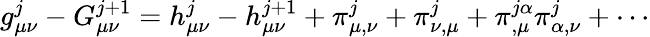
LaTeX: g_{\mu\nu}^{j}-G_{\mu\nu}^{j+1}=h_{\mu\nu}^{j}-h_{\mu\nu}^{j+1}+\pi_{\mu,\nu}^{j}+\pi_{\nu,\mu}^{j}+\pi_{,\mu}^{j\alpha}\pi_{\alpha,\nu}^{j}+\cdots